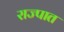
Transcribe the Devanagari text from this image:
राज्पात